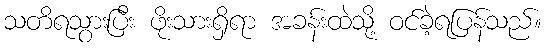
သတိရသွားပြီး ဖိုးသားရှိရာ အခန်းထဲသို့ ဝင်ခဲ့ရပြန်သည်။